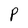
Character: P